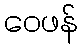
ဝေဖန်